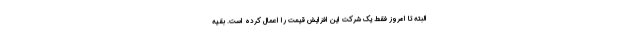
البته تا امروز فقط یک شرکت این افزایش قیمت را اعمال کرده است. بقیه